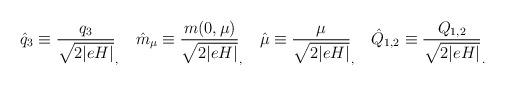
LaTeX: \begin{align*}\hat{q}_3 \equiv \frac{q_3}{\sqrt{2\vert eH \vert}}_,~~~ \hat{m}_{\mu}\equiv\frac{m(0,\mu)}{\sqrt{2\vert eH \vert}}_, ~~~\hat{\mu} \equiv \frac{\mu}{\sqrt{2\vert eH \vert}}_, ~~~\hat{Q}_{1,2}\equiv\frac{Q_{1,2}}{\sqrt{2\vert eH \vert}}_.\end{align*}